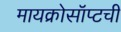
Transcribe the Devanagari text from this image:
मायक्रोसॉप्टची